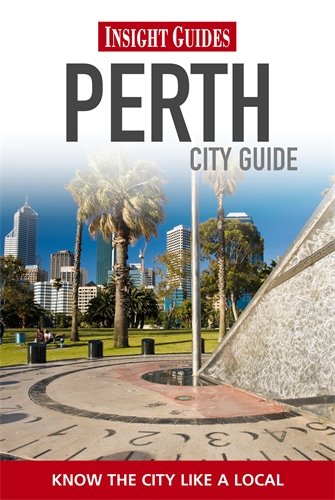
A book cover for City Guide Perth; Hermione Stott; Travel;